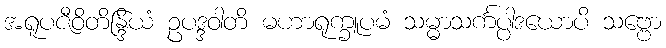
အရူပဇီဝိတိန္ဒြိယံ ဥပဒ္ဒဝါတိ မဟာရုက္ခူပမံ သမ္မာသင်္ကပ္ပါဒယောပိ သဗ္ဗော